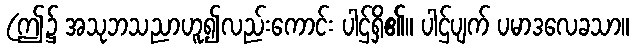
(ဤ၌ အသုဘသညာဟူ၍လည်းကောင်း ပါဌ်ရှိ၏။ ပါဌ်ပျက် ပမာဒလေခသာ။